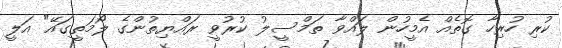
ކުރި ހުރިހާ ގޮތެއް އެމީހުން ލައްވާ ތަމްސީލު ކުރުވީ ރައްޔިތުންގެ ލޯމަތީގައޭ" އަލީ